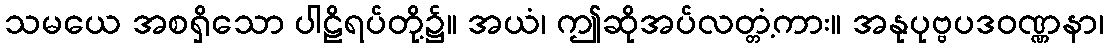
သမယေ အစရှိသော ပါဠိရပ်တို့၌။ အယံ၊ ဤဆိုအပ်လတ္တံ့ကား။ အနုပုဗ္ဗပဒဝဏ္ဏနာ၊